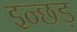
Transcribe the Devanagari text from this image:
इन्छड़